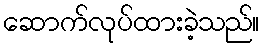
ဆောက်လုပ်ထားခဲ့သည်။